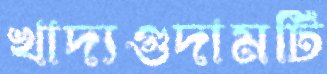
খাদ্যগুদামটি